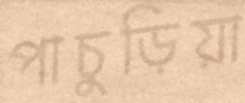
পাচুড়িয়া